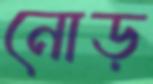
নোড়